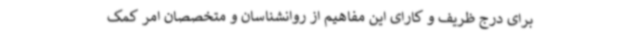
برای درج ظریف و کارای این مفاهیم از روانشناسان و متخصصان امر کمک